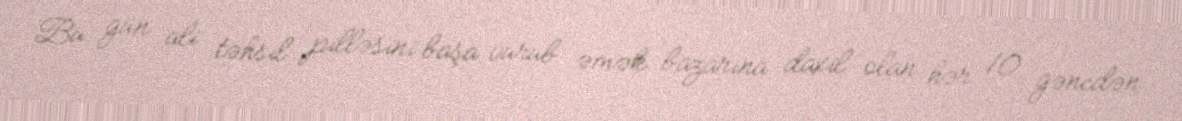
Bu gün ali təhsil pilləsini başa vurub əmək bazarına daxil olan hər 10 gəncdən